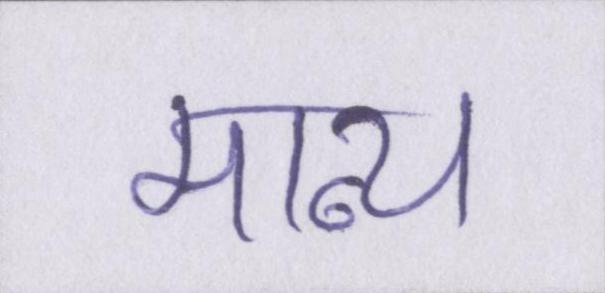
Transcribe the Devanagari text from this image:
मान्य